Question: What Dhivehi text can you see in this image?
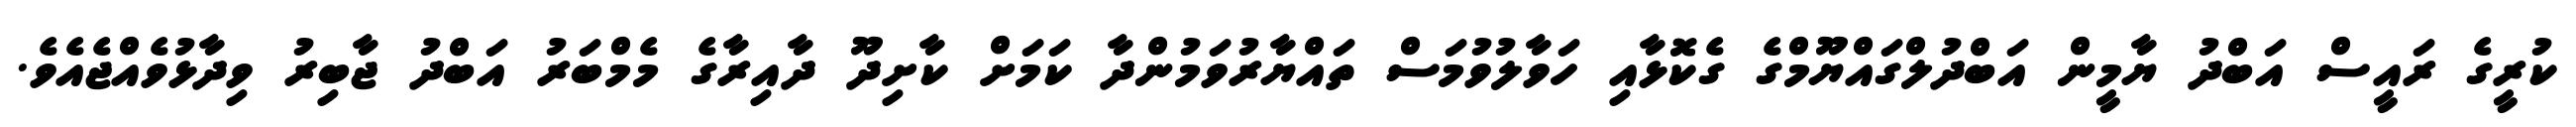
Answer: ކުރީގެ ރައީސް އަބްދު ޔާމީން އަބްދުލްގައްޔޫމްގެ ގެކޮޅާއި ހަވާލުވުމަސް ތައްޔާރުވަމުންދާ ކަމަށް ކާށިދޫ ދާއިރާގެ މެމްބަރު އަބްދު ޖާބިރު ވިދާޅުވެއްޖެއެވެ.